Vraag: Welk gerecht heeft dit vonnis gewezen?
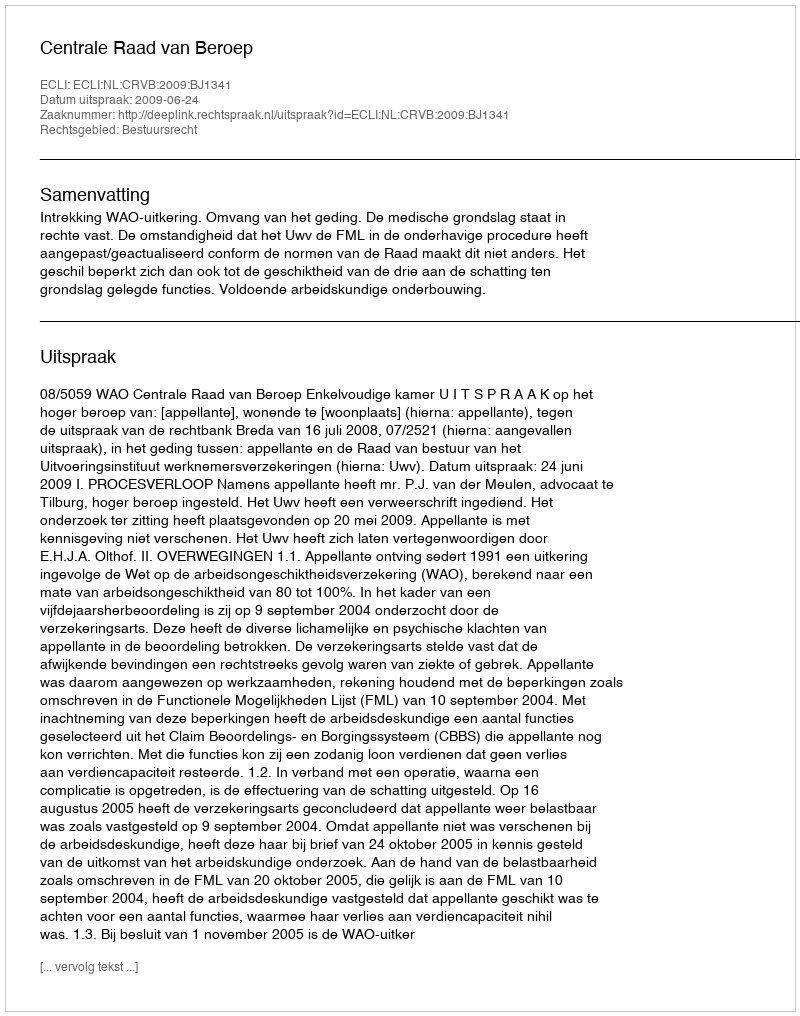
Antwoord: Centrale Raad van Beroep